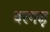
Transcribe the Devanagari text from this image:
वरगढ़